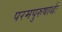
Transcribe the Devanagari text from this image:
परमपुरुषार्थः